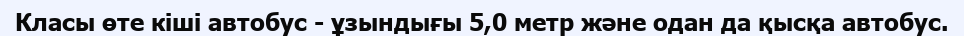
Класы өте кіші автобус - ұзындығы 5,0 метр және одан да қысқа автобус.